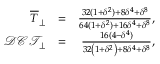
\begin{array} { r l r } { \overline { { T } } _ { \perp } } & { = } & { \frac { 3 2 ( 1 + \delta ^ { 2 } ) + 8 \delta ^ { 4 } + \delta ^ { 8 } } { 6 4 ( 1 + \delta ^ { 2 } ) + 1 6 \delta ^ { 4 } + \delta ^ { 8 } } , } \\ { \mathcal { D C T } _ { \perp } } & { = } & { \frac { 1 6 ( 4 - \delta ^ { 4 } ) } { 3 2 \left( 1 + \delta ^ { 2 } \right) + 8 \delta ^ { 4 } + \delta ^ { 8 } } , } \end{array}